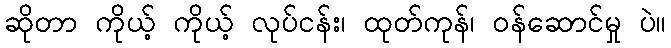
ဆိုတာ ကိုယ့် ကိုယ့် လုပ်ငန်း၊ ထုတ်ကုန်၊ ဝန်ဆောင်မှု ပဲ။